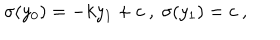
\sigma ( y _ { 0 } ) = - k y _ { 1 } + c ~ , ~ \sigma ( y _ { 1 } ) = c ~ , ~ \,